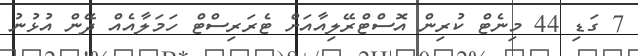
7 ގަޑި 44 މިނެޓް ކުރިން އޮސްޓްރޭލިއާއަށް ޓެރަރިސްޓް ހަމަލާއެއް ދޭން އުޅުނު